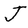
Character: J